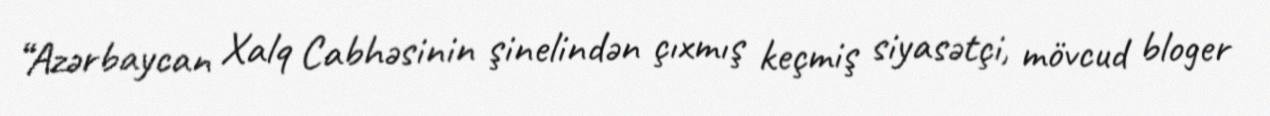
“Azərbaycan Xalq Cabhəsinin şinelindən çıxmış keçmiş siyasətçi, mövcud bloger